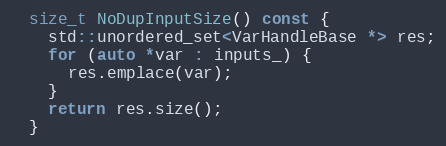
Language: C
  size_t NoDupInputSize() const {
    std::unordered_set<VarHandleBase *> res;
    for (auto *var : inputs_) {
      res.emplace(var);
    }
    return res.size();
  }